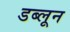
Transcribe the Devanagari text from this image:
डब्लून